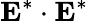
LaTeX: \boldsymbol{\mathrm{E}}^{*}\cdot\boldsymbol{\mathrm{E}}^{*}